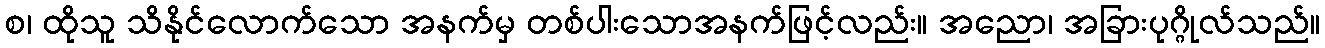
စ၊ ထိုသူ သိနိုင်လောက်သော အနက်မှ တစ်ပါးသောအနက်ဖြင့်လည်း။ အညော၊ အခြားပုဂ္ဂိုလ်သည်။